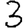
Digit: 3